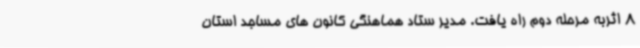
8 اثربه مرحله دوم راه یافت. مدیر ستاد هماهنگی کانون های مساجد استان